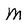
Character: M